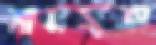
সামন্যতা